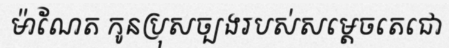
ម៉ាណែត កូនប្រុសច្បងរបស់សម្តេចតេជោ